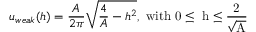
u _ { w e a k } ( h ) = \frac { A } { 2 \pi } \sqrt { \frac { 4 } { A } - h ^ { 2 } } \mathrm { , ~ w i t h ~ 0 \leq ~ h \leq \frac { 2 } { \sqrt { A } } ~ }